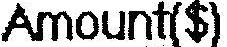
AMOUNT($)